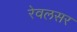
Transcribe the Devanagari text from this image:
रेवलसर